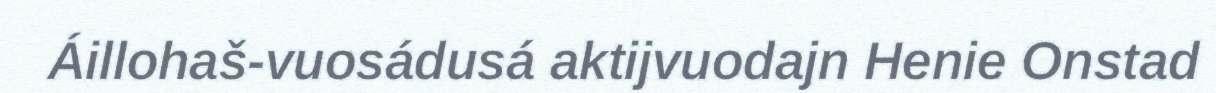
Áillohaš-vuosádusá aktijvuodajn Henie Onstad